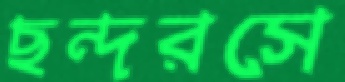
ছন্দরসে